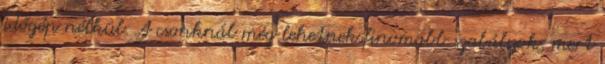
időgép nélkül. A csonknál még lehetnek finomabb szabályok, mert